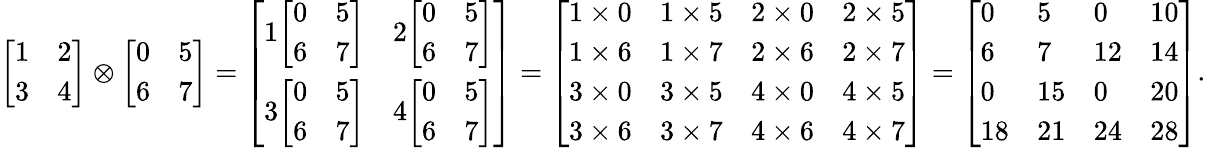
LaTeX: {\left[\begin{array}{ll}{1}&{2}\\ {3}&{4}\end{array}\right]}\otimes{\left[\begin{array}{ll}{0}&{5}\\ {6}&{7}\end{array}\right]}={\left[\begin{array}{ll}{1{\left[\begin{array}{ll}{0}&{5}\\ {6}&{7}\end{array}\right]}}&{2{\left[\begin{array}{ll}{0}&{5}\\ {6}&{7}\end{array}\right]}}\\ {3{\left[\begin{array}{ll}{0}&{5}\\ {6}&{7}\end{array}\right]}}&{4{\left[\begin{array}{ll}{0}&{5}\\ {6}&{7}\end{array}\right]}}\end{array}\right]}={\left[\begin{array}{llll}{1\times 0}&{1\times 5}&{2\times 0}&{2\times 5}\\ {1\times 6}&{1\times 7}&{2\times 6}&{2\times 7}\\ {3\times 0}&{3\times 5}&{4\times 0}&{4\times 5}\\ {3\times 6}&{3\times 7}&{4\times 6}&{4\times 7}\end{array}\right]}={\left[\begin{array}{llll}{0}&{5}&{0}&{10}\\ {6}&{7}&{12}&{14}\\ {0}&{15}&{0}&{20}\\ {18}&{21}&{24}&{28}\end{array}\right]}.